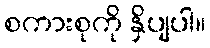
စကားစုကို နှိပျပါ။